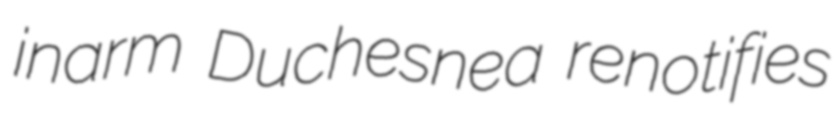
inarm Duchesnea renotifies